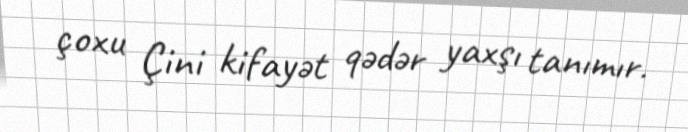
çoxu Çini kifayət qədər yaxşı tanımır.